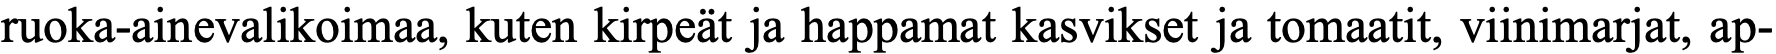
ruoka-ainevalikoimaa, kuten kirpeät ja happamat kasvikset ja tomaatit, viinimarjat, ap-